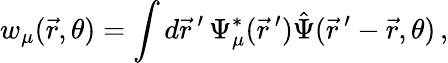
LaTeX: w_{\mu}(\vec{r},\theta)=\int d\vec{r}\, ^{\prime}\, \Psi_{\mu}^{*}(\vec{r}\, ^{\prime})\hat{\Psi}(\vec{r}\, ^{\prime}-\vec{r},\theta)\, ,